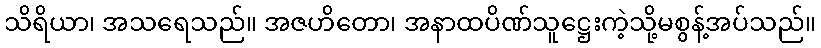
သိရိယာ၊ အသရေသည်။ အဇဟိတော၊ အနာထပိဏ်သူဋ္ဌေးကဲ့သို့မစွန့်အပ်သည်။